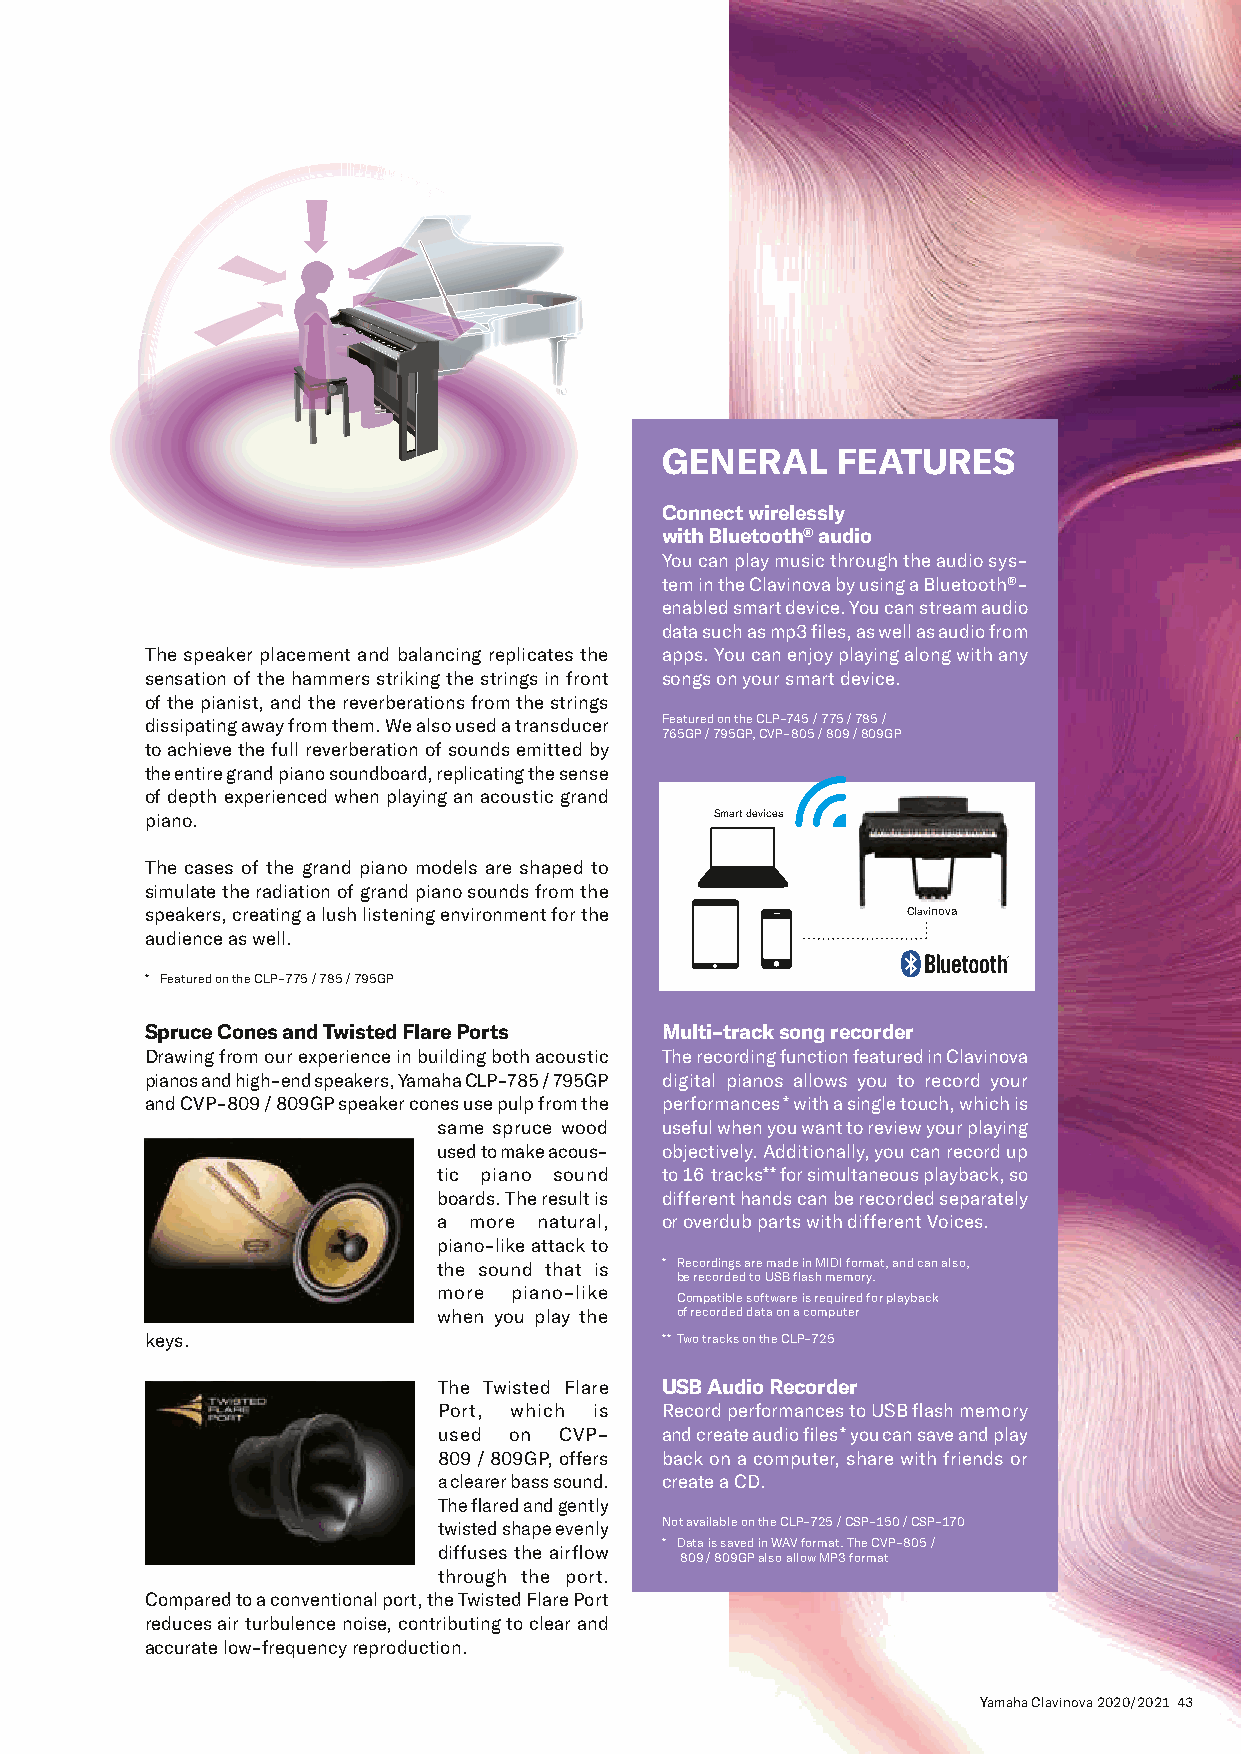
GENERAL    FEATURES
 Connect wirelessly
 with Bluetooth® audio
 You can play music through the audio sys-
 tem in the Clavinova by using a Bluetooth®-
 enabled smart device. You can stream audio
 data such as mp3 files, as well as audio from
 The speaker placement and balancing replicates the apps. You can enjoy playing along with any
 sensation of the hammers striking the strings in front songs on your smart device.
 of the pianist, and the reverberations from the strings
 dissipating away from them. We also used a transducer Featured on the CLP-745 / 775 / 785 /
 765GP / 795GP, CVP-805 / 809 / 809GP
 to achieve the full reverberation of sounds emitted by
 the entire grand piano soundboard, replicating the sense
 of depth experienced when playing an acoustic grand
 piano.                               Smart devices
 The cases of the grand piano models are shaped to
 simulate the radiation of grand piano sounds from the
 speakers, creating a lush listening environment for the Clavinova
 audience as well.
 * Featured on the CLP-775 / 785 / 795GP
 Spruce Cones and Twisted Flare Ports Multi-track song recorder
 Drawing from our experience in building both acoustic The recording function featured in Clavinova
 pianos and high-end speakers, Yamaha CLP-785 / 795GP digital pianos allows you to record your
 and CVP-809 / 809GP speaker cones use pulp from the performances * with a single touch, which is
 same spruce wood useful when you want to review your playing
 used to make acous- objectively. Additionally, you can record up
 tic piano sound to 16 tracks** for simultaneous playback, so
 boards. The result is different hands can be recorded separately
 a more natural, or overdub parts with different Voices.
 piano-like attack to
 the sound that is * R ecordings are made in MIDI format, and can also,
 be recorded to USB flash memory.
 more piano-like
 Compatible software is required for playback
 when you play the of recorded data on a computer
 keys.                             ** Two tracks on the CLP-725
 The Twisted Flare USB Audio Recorder
 Port, which is Record performances to USB flash memory
 used on CVP-   and create audio files * you can save and play
 809 / 809GP, offers back on a computer, share with friends or
 a clearer bass sound. create a CD.
 The flared and gently
 twisted shape evenly Not available on the CLP-725 / CSP-150 / CSP-170
 * D ata is saved in WAV format. The CVP-805 /
 diffuses the airflow
 809 / 809GP also allow MP3 format
 through the port.
 Compared to a conventional port, the Twisted Flare Port
 reduces air turbulence noise, contributing to clear and
 accurate low-frequency reproduction.
 Yamaha Clavinova 2020/2021 43